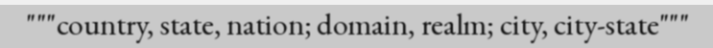
"""country, state, nation; domain, realm; city, city-state"""